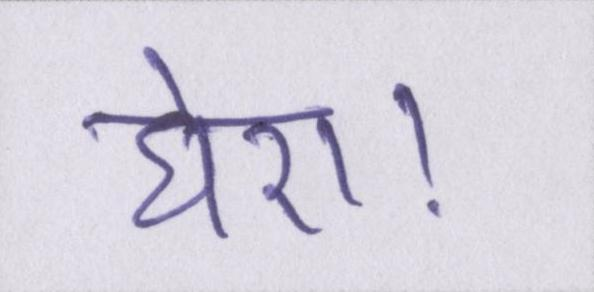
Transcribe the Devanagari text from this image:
घेरा।